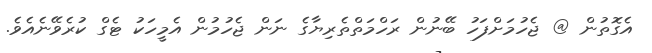
އެގޮތުން @ ޖެހުމަށްފަހު ބޭނުން ރަހްމަތްތެރިޔާގެ ނަން ޖެހުމުން އެެމީހަކު ޓެގް ކުރެވޭނެއެވެ.